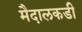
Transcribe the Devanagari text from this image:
मैदालकडी